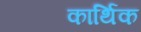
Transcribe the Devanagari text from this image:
कार्थिक